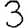
Digit: 3